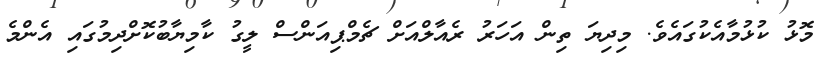
މޮޅު ކުޅުމާއެކުގައެވެ. މިދިޔަ ތިން އަހަރު ރެއާލްއަށް ޗެމްޕިއަންސް ލީގު ކާމިޔާބުކޮށްދިމުގައި އެންމެ